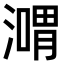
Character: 𣽴